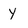
Character: Y